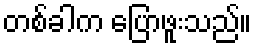
တစ်ခါက ပြောဖူးသည်။